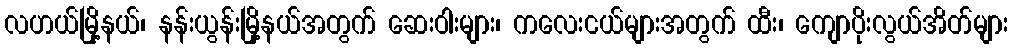
လဟယ်မြို့နယ်၊ နန်းယွန်းမြို့နယ်အတွက် ဆေးဝါးများ၊ ကလေးငယ်များအတွက် ထီး၊ ကျောပိုးလွယ်အိတ်များ